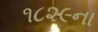
૧૮૨૯ના